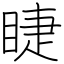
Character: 睫